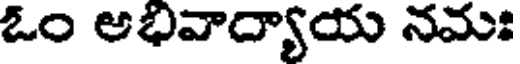
ఓం అభివాద్యాయ నమః